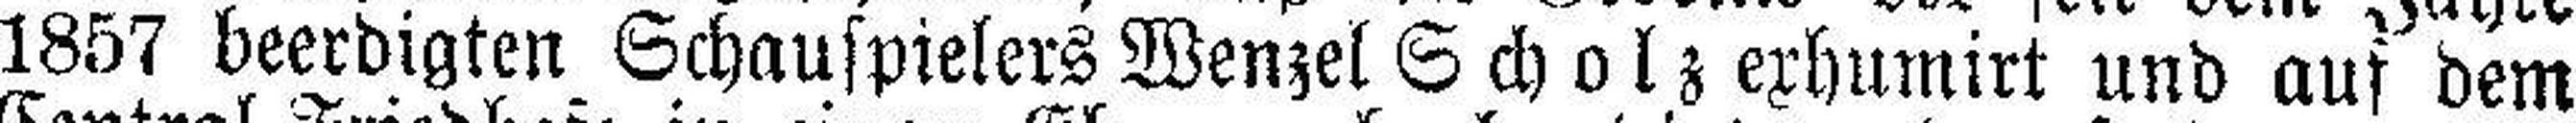
1857 beerdigten Schauspielers Wenzel Scholz exhumirt und auf dem